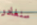
سنغادر